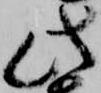
此